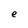
Character: e